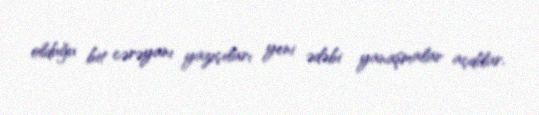
olduğu bit cərəyanı yazıçıları yeni ədəbi yanaşmalar açdılar.